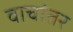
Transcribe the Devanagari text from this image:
वाचांतर